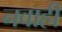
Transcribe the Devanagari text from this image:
नवाही